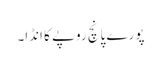
پورے پانچ روپے کا انڈا۔